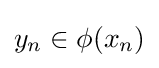
y_{n}\in \phi (x_{n})